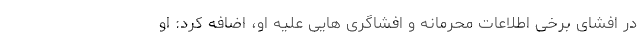
در افشای برخی اطلاعات محرمانه و افشاگری هایی علیه او، اضافه کرد: او